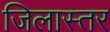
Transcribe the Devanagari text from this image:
जिलास्तर